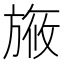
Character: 㫍